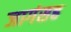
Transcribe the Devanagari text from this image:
जागंसह